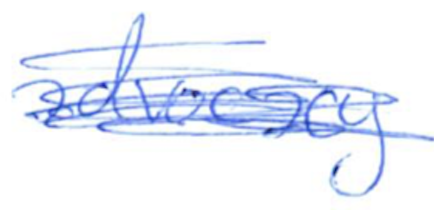
Text: advocacy
Cross-out: scratch
Writing tool: ballpoint